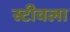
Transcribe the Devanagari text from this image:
स्टीवला